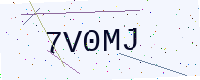
Text: 7V0MJ